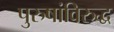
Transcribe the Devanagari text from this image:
पुरुषांविरुद्ध